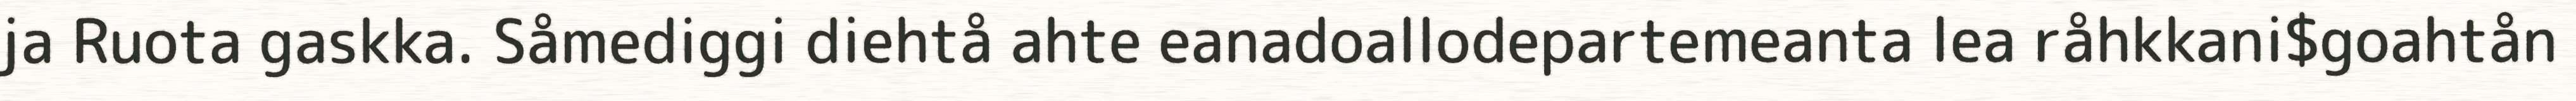
ja Ruota gaskka. Såmediggi diehtå ahte eanadoallodepartemeanta lea råhkkani$goahtån